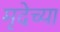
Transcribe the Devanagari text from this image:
मृदेच्या